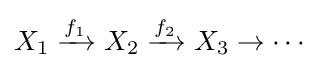
X_{1}\xrightarrow {f_{1}} X_{2}\xrightarrow {f_{2}} X_{3}\to \cdots